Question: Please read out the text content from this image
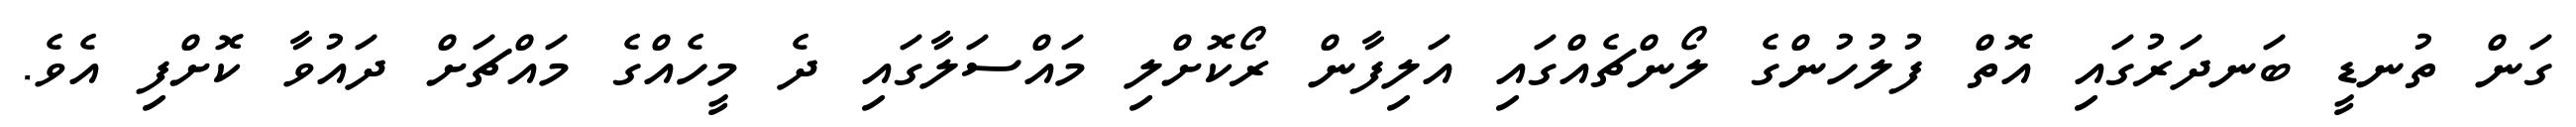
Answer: ގަން ތުނޑީ ބަނދަރުގައި އޮތް ފުލުހުންގެ ލޯންޗެއްގައި އަލިފާން ރޯކޮށްލި މައްސަލާގައި ދެ މީހެއްގެ މައްޗަށް ދައުވާ ކޮށްފި އެވެ.